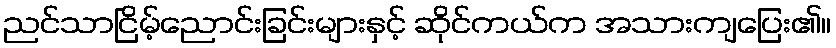
ညင်သာငြိမ့်ညောင်းခြင်းများနှင့် ဆိုင်ကယ်က အသားကျပြေး၏။